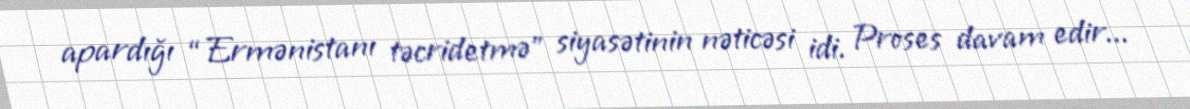
apardığı “Ermənistanı təcridetmə” siyasətinin nəticəsi idi. Proses davam edir...